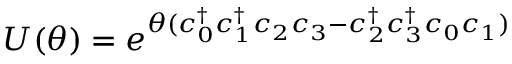
U ( \theta ) = e ^ { \theta ( c _ { 0 } ^ { \dag } c _ { 1 } ^ { \dag } c _ { 2 } c _ { 3 } - c _ { 2 } ^ { \dag } c _ { 3 } ^ { \dag } c _ { 0 } c _ { 1 } ) }